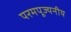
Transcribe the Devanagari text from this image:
परमपूज्‍यनीय